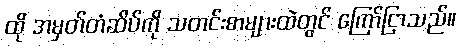
ထို အမှတ်တံဆိပ်ကို သတင်းစာများထဲတွင် ကြော်ငြာသည်။